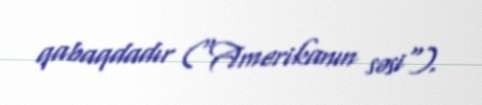
qabaqdadır ("Amerikanın səsi").